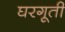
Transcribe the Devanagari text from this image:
घरगूती